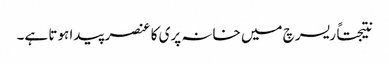
نتیجتاً ریسرچ میں خانہ پری کا عنصر پیدا ہوتا ہے۔